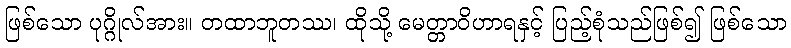
ဖြစ်သော ပုဂ္ဂိုလ်အား။ တထာဘူတဿ၊ ထိုသို့ မေတ္တာဝိဟာရနှင့် ပြည့်စုံသည်ဖြစ်၍ ဖြစ်သော